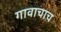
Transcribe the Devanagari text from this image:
गावाचाच